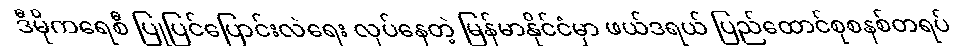
ဒီမိုကရေစီ ပြုပြင်ပြောင်းလဲရေး လုပ်နေတဲ့ မြန်မာနိုင်ငံမှာ ဖယ်ဒရယ် ပြည်ထောင်စုစနစ်တရပ်